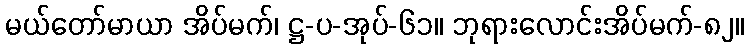
မယ်တော်မာယာ အိပ်မက်၊ ဋ္ဌ-ပ-အုပ်-၆၁။ ဘုရားလောင်းအိပ်မက်-၈၂။